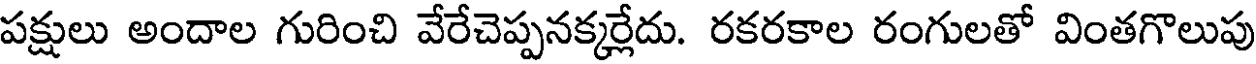
పక్షులు అందాల గురించి వేరేచెప్పనక్కర్లేదు. రకరకాల రంగులతో వింతగొలుపు